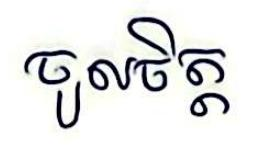
ចូលចិត្ត